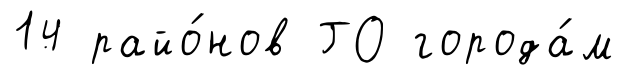
14 райо́нов ГО города́м